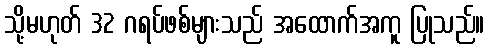
သို့မဟုတ် 32 ဂရပ်ဖစ်များသည် အထောက်အကူ ပြုသည်။